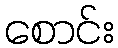
စောင်း